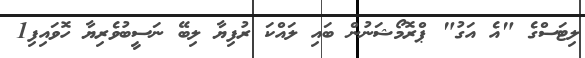
ލިޓަސްގެ "އެ އަގު" ޕްރޮމޯޝަނުން ބައި ލައްކަ ރުފިޔާ ލިބޭ ނަސީބުވެރިޔާ ހޮވައިފި1